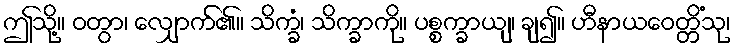
ဤသို့။ ဝတွာ၊ လျှောက်၏။ သိက္ခံ၊ သိက္ခာကို။ ပစ္စက္ခာယျ၊ ချ၍။ ဟီနာယဝေတ္တိံသု၊